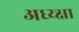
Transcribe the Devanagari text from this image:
अध्य्क्षा